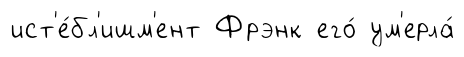
ист'е́бл'ишм'ент Фрэнк его́ ум'ерла́